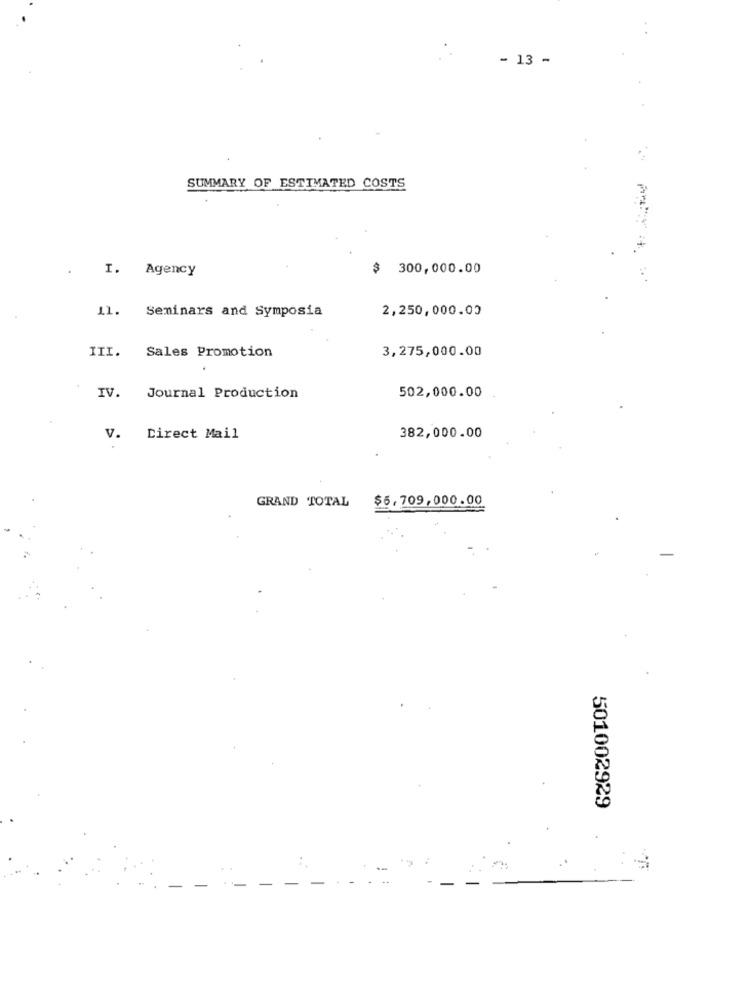
- 13 -
SUMMARY OF ESTIMATED COSTS
I. Agency
$ 300,000.00
il. Seminars and Symposia
2,250,000.00
III.
Sales Promotion
3,275,000.00
502,000.00
IV. Journal Production
v.
Direct Mail
382,000.00
GRAND TOTAL
$6,709,000.00
501002929